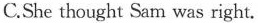
C.She thought Sam was right.